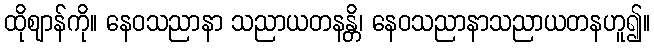
ထိုဈာန်ကို။ နေဝသညာနာ သညာယတနန္တိ၊ နေဝသညာနာသညာယတနဟူ၍။